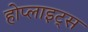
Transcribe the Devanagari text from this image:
होप्लाइट्स